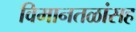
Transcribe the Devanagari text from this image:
विमानतळांसह